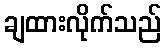
ချထားလိုက်သည်